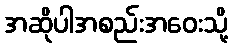
အဆိုပါအစည်းအဝေးသို့